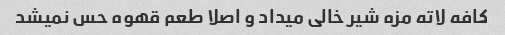
کافه لاته مزه شیر خالی میداد و اصلا طعم قهوه حس نمیشد